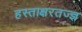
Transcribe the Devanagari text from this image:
हस्ताक्षरतज्ज्ञ